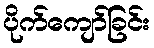
ပိုက်ကျော်ခြင်း